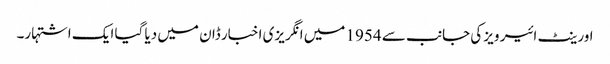
اورینٹ ائیر ویز کی جانب سے 1954 میں انگریزی اخبار ڈان میں دیا گیا ایک اشتہار۔